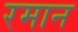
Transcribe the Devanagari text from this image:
रमान